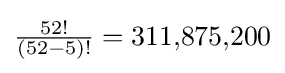
{\begin{matrix}{\frac {52!}{(52-5)!}}=311{,}875{,}200\end{matrix}}